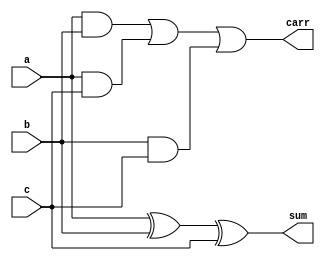
module fa( input a,b,c,
output sum,carr
 );
// assign {carr,sum}=a+b+c;
wire w1,w2,w3;
xor a1(sum,a,b,c);
and a2(w1,a,b),
a4 (w2,a,c),
a3 (w3,b,c);
or a5(carr,w1,w2,w3);


endmodule

module ripple_adder#(parameter Bitwidth=100)( input [Bitwidth-1:0] A,B,
                     output[Bitwidth-1:0] sum,
                     output carry );
    wire [Bitwidth:0]c;                 
assign c[0]=0;

    generate
        genvar i;
        for (i = 0; i < Bitwidth; i = i + 1) begin
         fa a1(A[i],B[i],c[i],sum[i],c[i+1]);
        end
    endgenerate
    
 assign carry = c[100] ;
    
endmodule